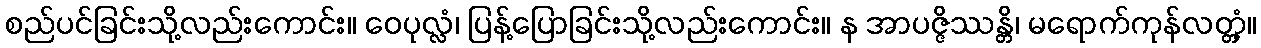
စည်ပင်ခြင်းသို့လည်းကောင်း။ ဝေပုလ္လံ၊ ပြန့်ပြောခြင်းသို့လည်းကောင်း။ န အာပဇ္ဇိဿန္တိ၊ မရောက်ကုန်လတ္တံ့။